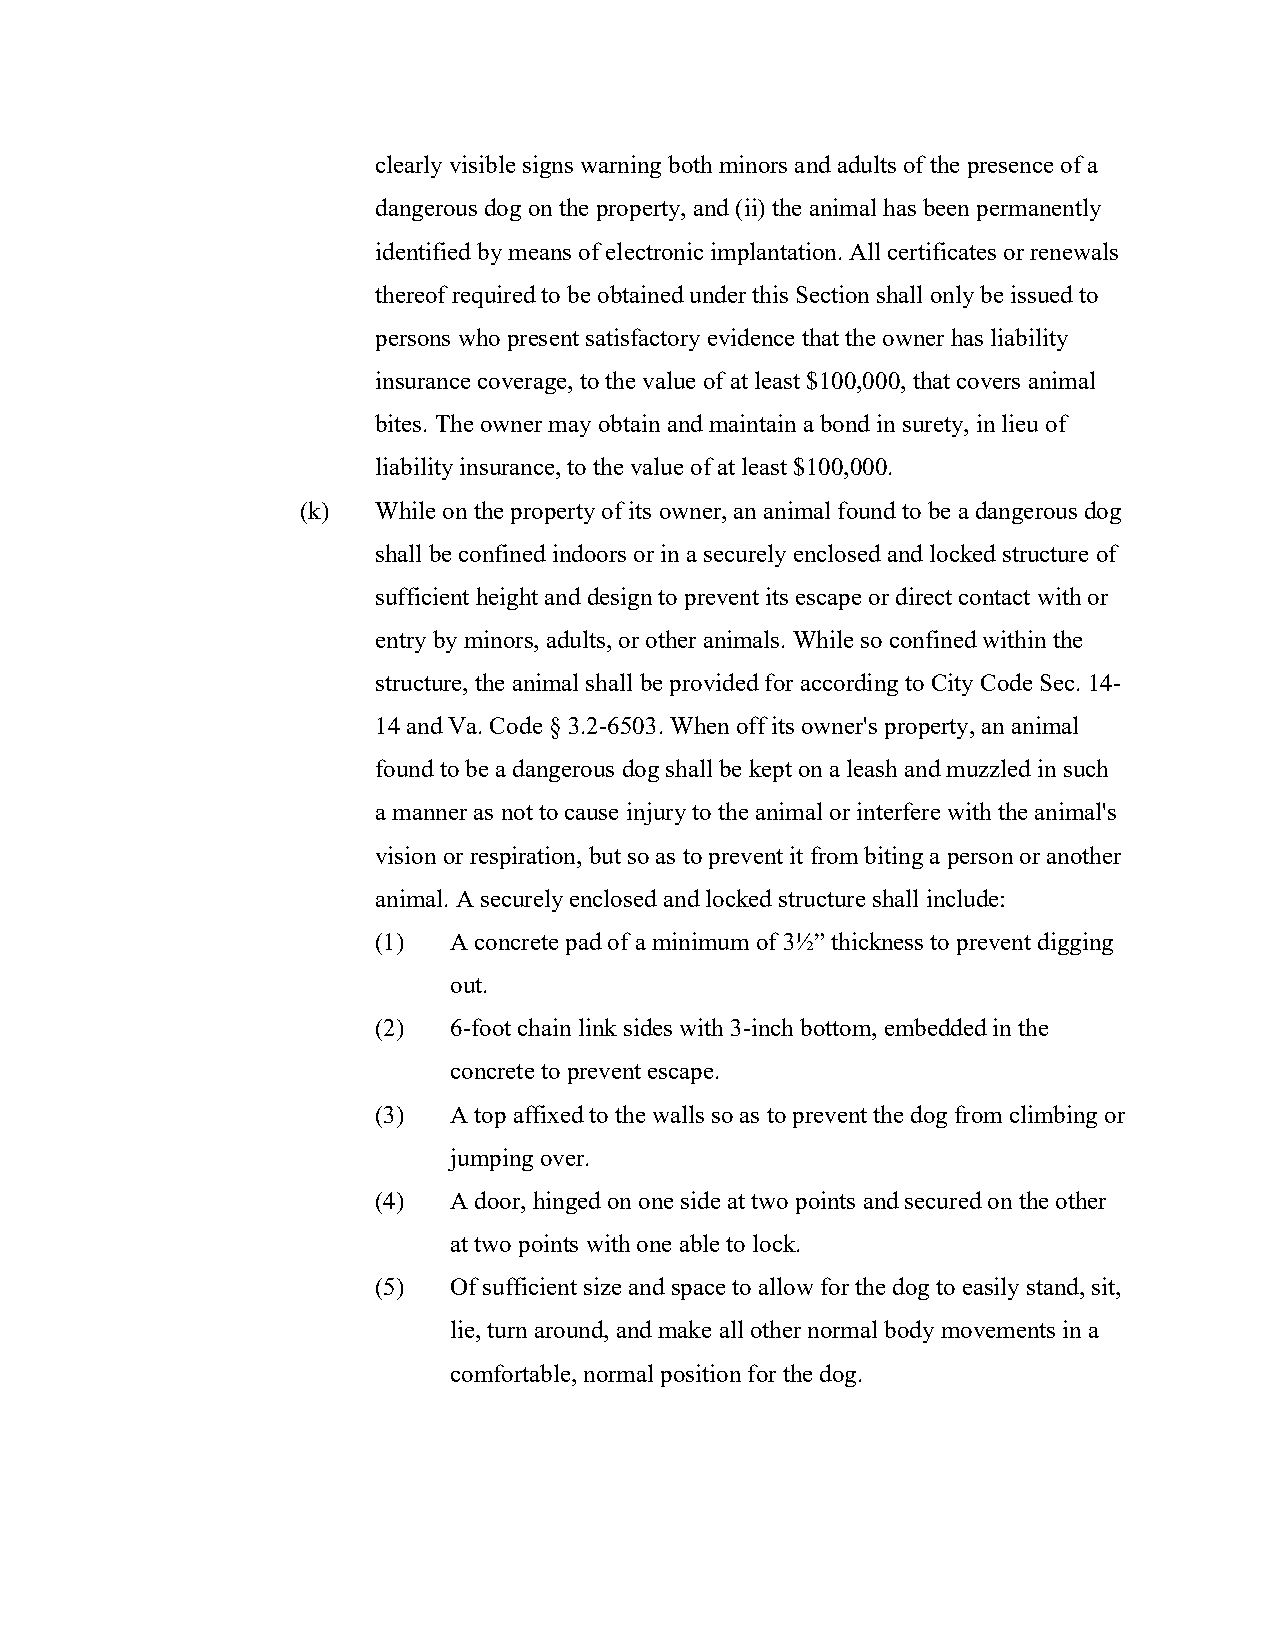
clearly visible signs warning both minors and adults of the presence of a
 dangerous dog on the property, and (ii) the animal has been permanently
 identified by means of electronic implantation. All certificates or renewals
 thereof required to be obtained under this Section shall only be issued to
 persons who present satisfactory evidence that the owner has liability
 insurance coverage, to the value of at least $100,000, that covers animal
 bites. The owner may obtain and maintain a bond in surety, in lieu of
 liability insurance, to the value of at least $100,000.
 (k)  While on the property of its owner, an animal found to be a dangerous dog
 shall be confined indoors or in a securely enclosed and locked structure of
 sufficient height and design to prevent its escape or direct contact with or
 entry by minors, adults, or other animals. While so confined within the
 structure, the animal shall be provided for according to City Code Sec. 14-
 14 and Va. Code § 3.2-6503. When off its owner's property, an animal
 found to be a dangerous dog shall be kept on a leash and muzzled in such
 a manner as not to cause injury to the animal or interfere with the animal's
 vision or respiration, but so as to prevent it from biting a person or another
 animal. A securely enclosed and locked structure shall include:
 (1)  A concrete pad of a minimum of 3½” thickness to prevent digging
 out.
 (2)  6-foot chain link sides with 3-inch bottom, embedded in the
 concrete to prevent escape.
 (3)  A top affixed to the walls so as to prevent the dog from climbing or
 jumping over.
 (4)  A door, hinged on one side at two points and secured on the other
 at two points with one able to lock.
 (5)  Of sufficient size and space to allow for the dog to easily stand, sit,
 lie, turn around, and make all other normal body movements in a
 comfortable, normal position for the dog.